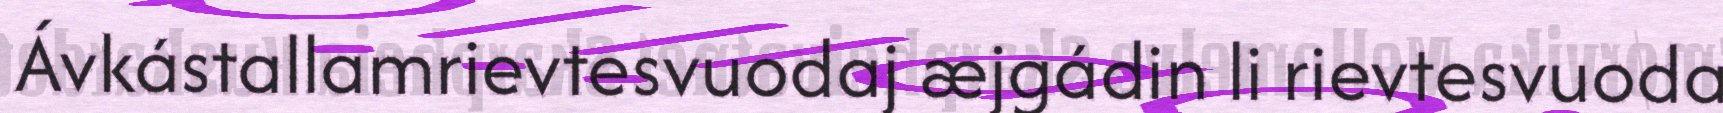
Ávkástallamrievtesvuodaj æjgádin li rievtesvuoda